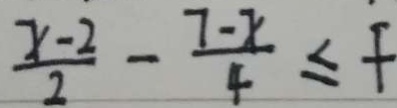
\frac { x - 2 } { 2 } - \frac { 7 - x } { 4 } \leq f